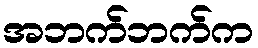
အဘက်ဘက်က